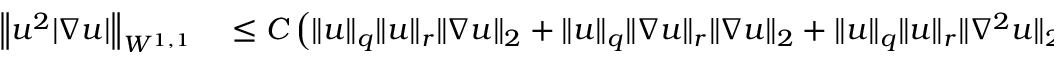
\begin{array} { r l } { \left\| u ^ { 2 } | \nabla u | \right\| _ { W ^ { 1 , 1 } } } & { { } \leq C \left( \| u \| _ { q } \| u \| _ { r } \| \nabla u \| _ { 2 } + \| u \| _ { q } \| \nabla u \| _ { r } \| \nabla u \| _ { 2 } + \| u \| _ { q } \| u \| _ { r } \| \nabla ^ { 2 } u \| _ { 2 } \right) } \end{array}